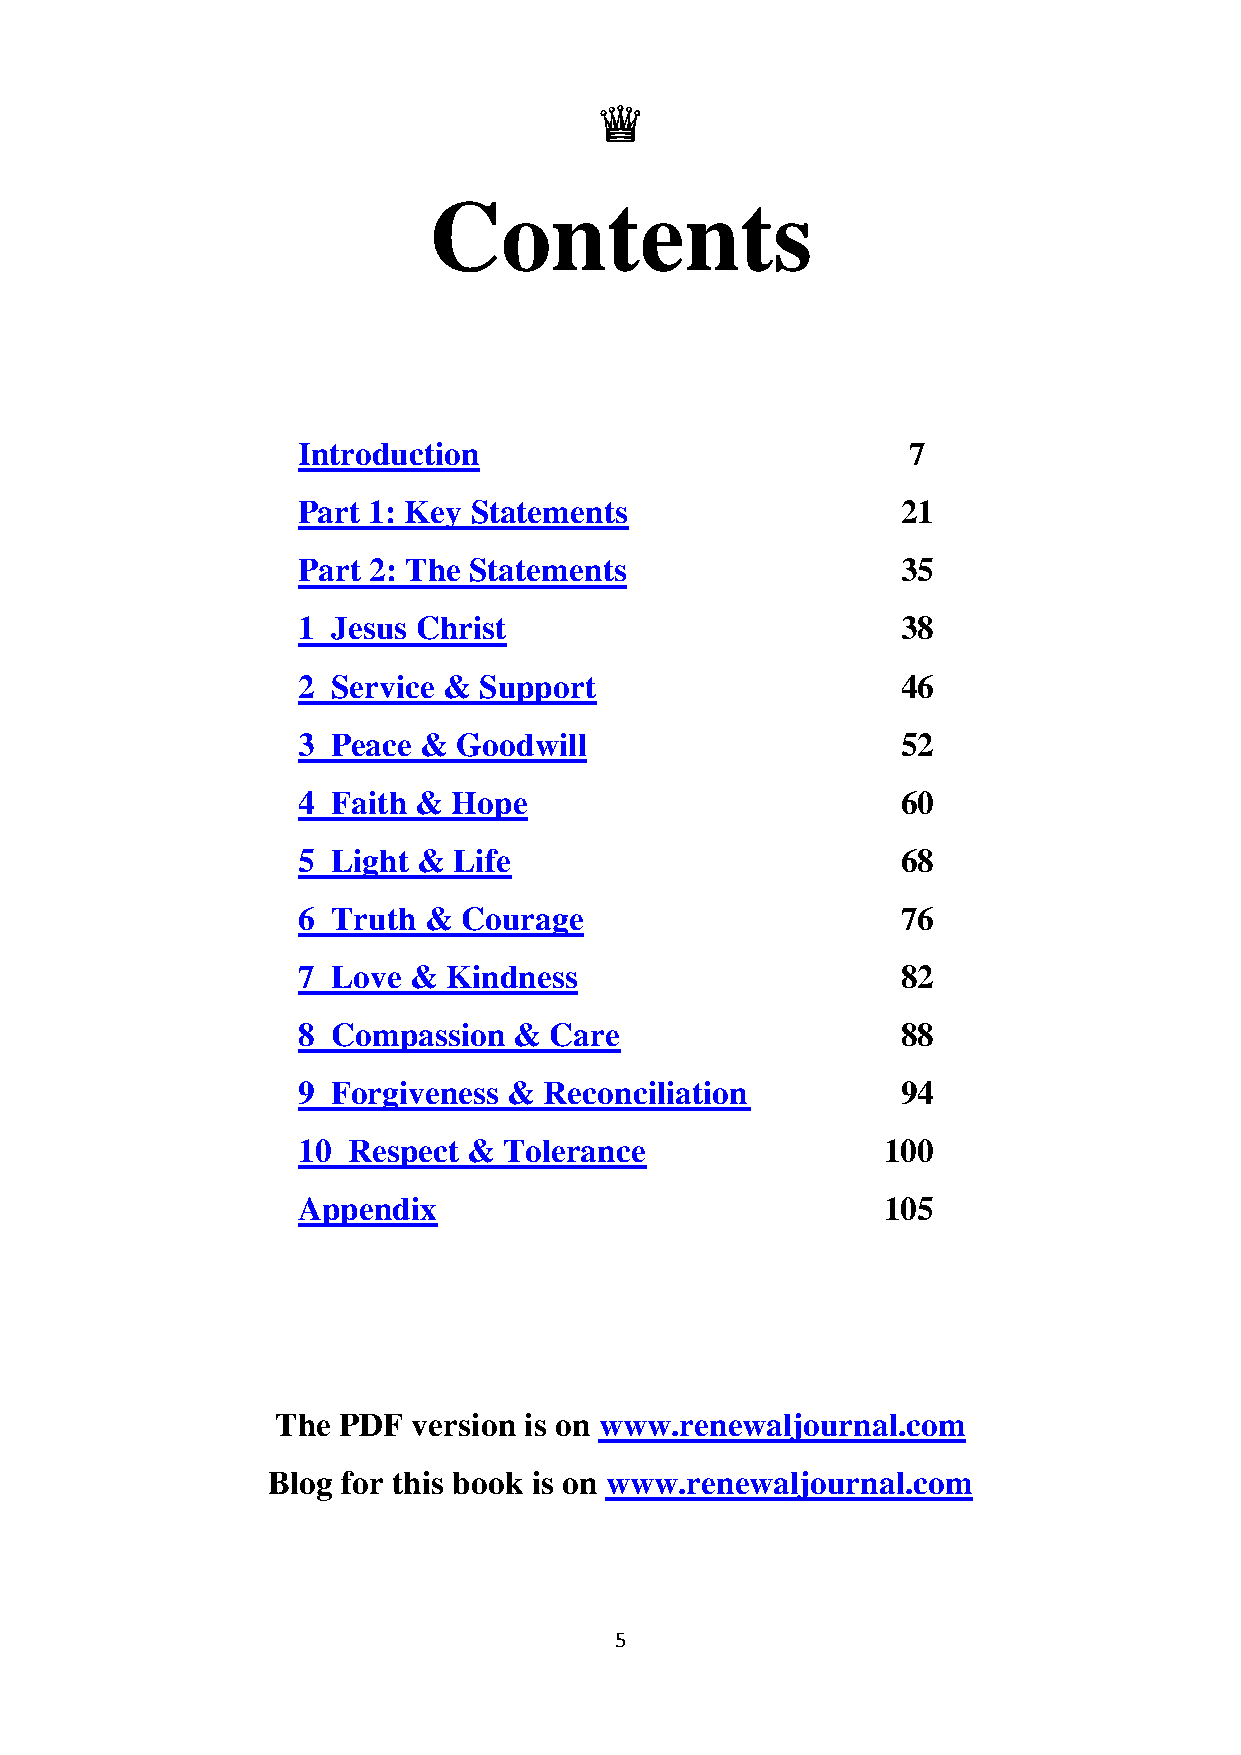
♛
 Contents
 Introduction                            7
 Part 1: Key Statements                  21
 Part 2: The Statements                  35
 1 Jesus Christ                          38
 2 Service & Support                     46
 3 Peace & Goodwill                      52
 4 Faith & Hope                          60
 5 Light & Life                          68
 6 Truth & Courage                       76
 7 Love &  Kindness                      82
 8 Compassion  & Care                    88
 9 Forgiveness & Reconciliation          94
 10 Respect & Tolerance                100
 Appendix                              105
 The PDF  version is on www.renewaljournal.com
 Blog for this book is on www.renewaljournal.com
 5